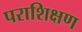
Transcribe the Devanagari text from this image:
पराशिक्षण